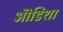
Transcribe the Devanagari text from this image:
ऒडिशा